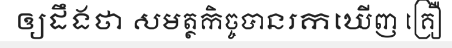
ឲ្យដឹងថា សមត្ថកិច្ចបានរកឃើញ គ្រឿ